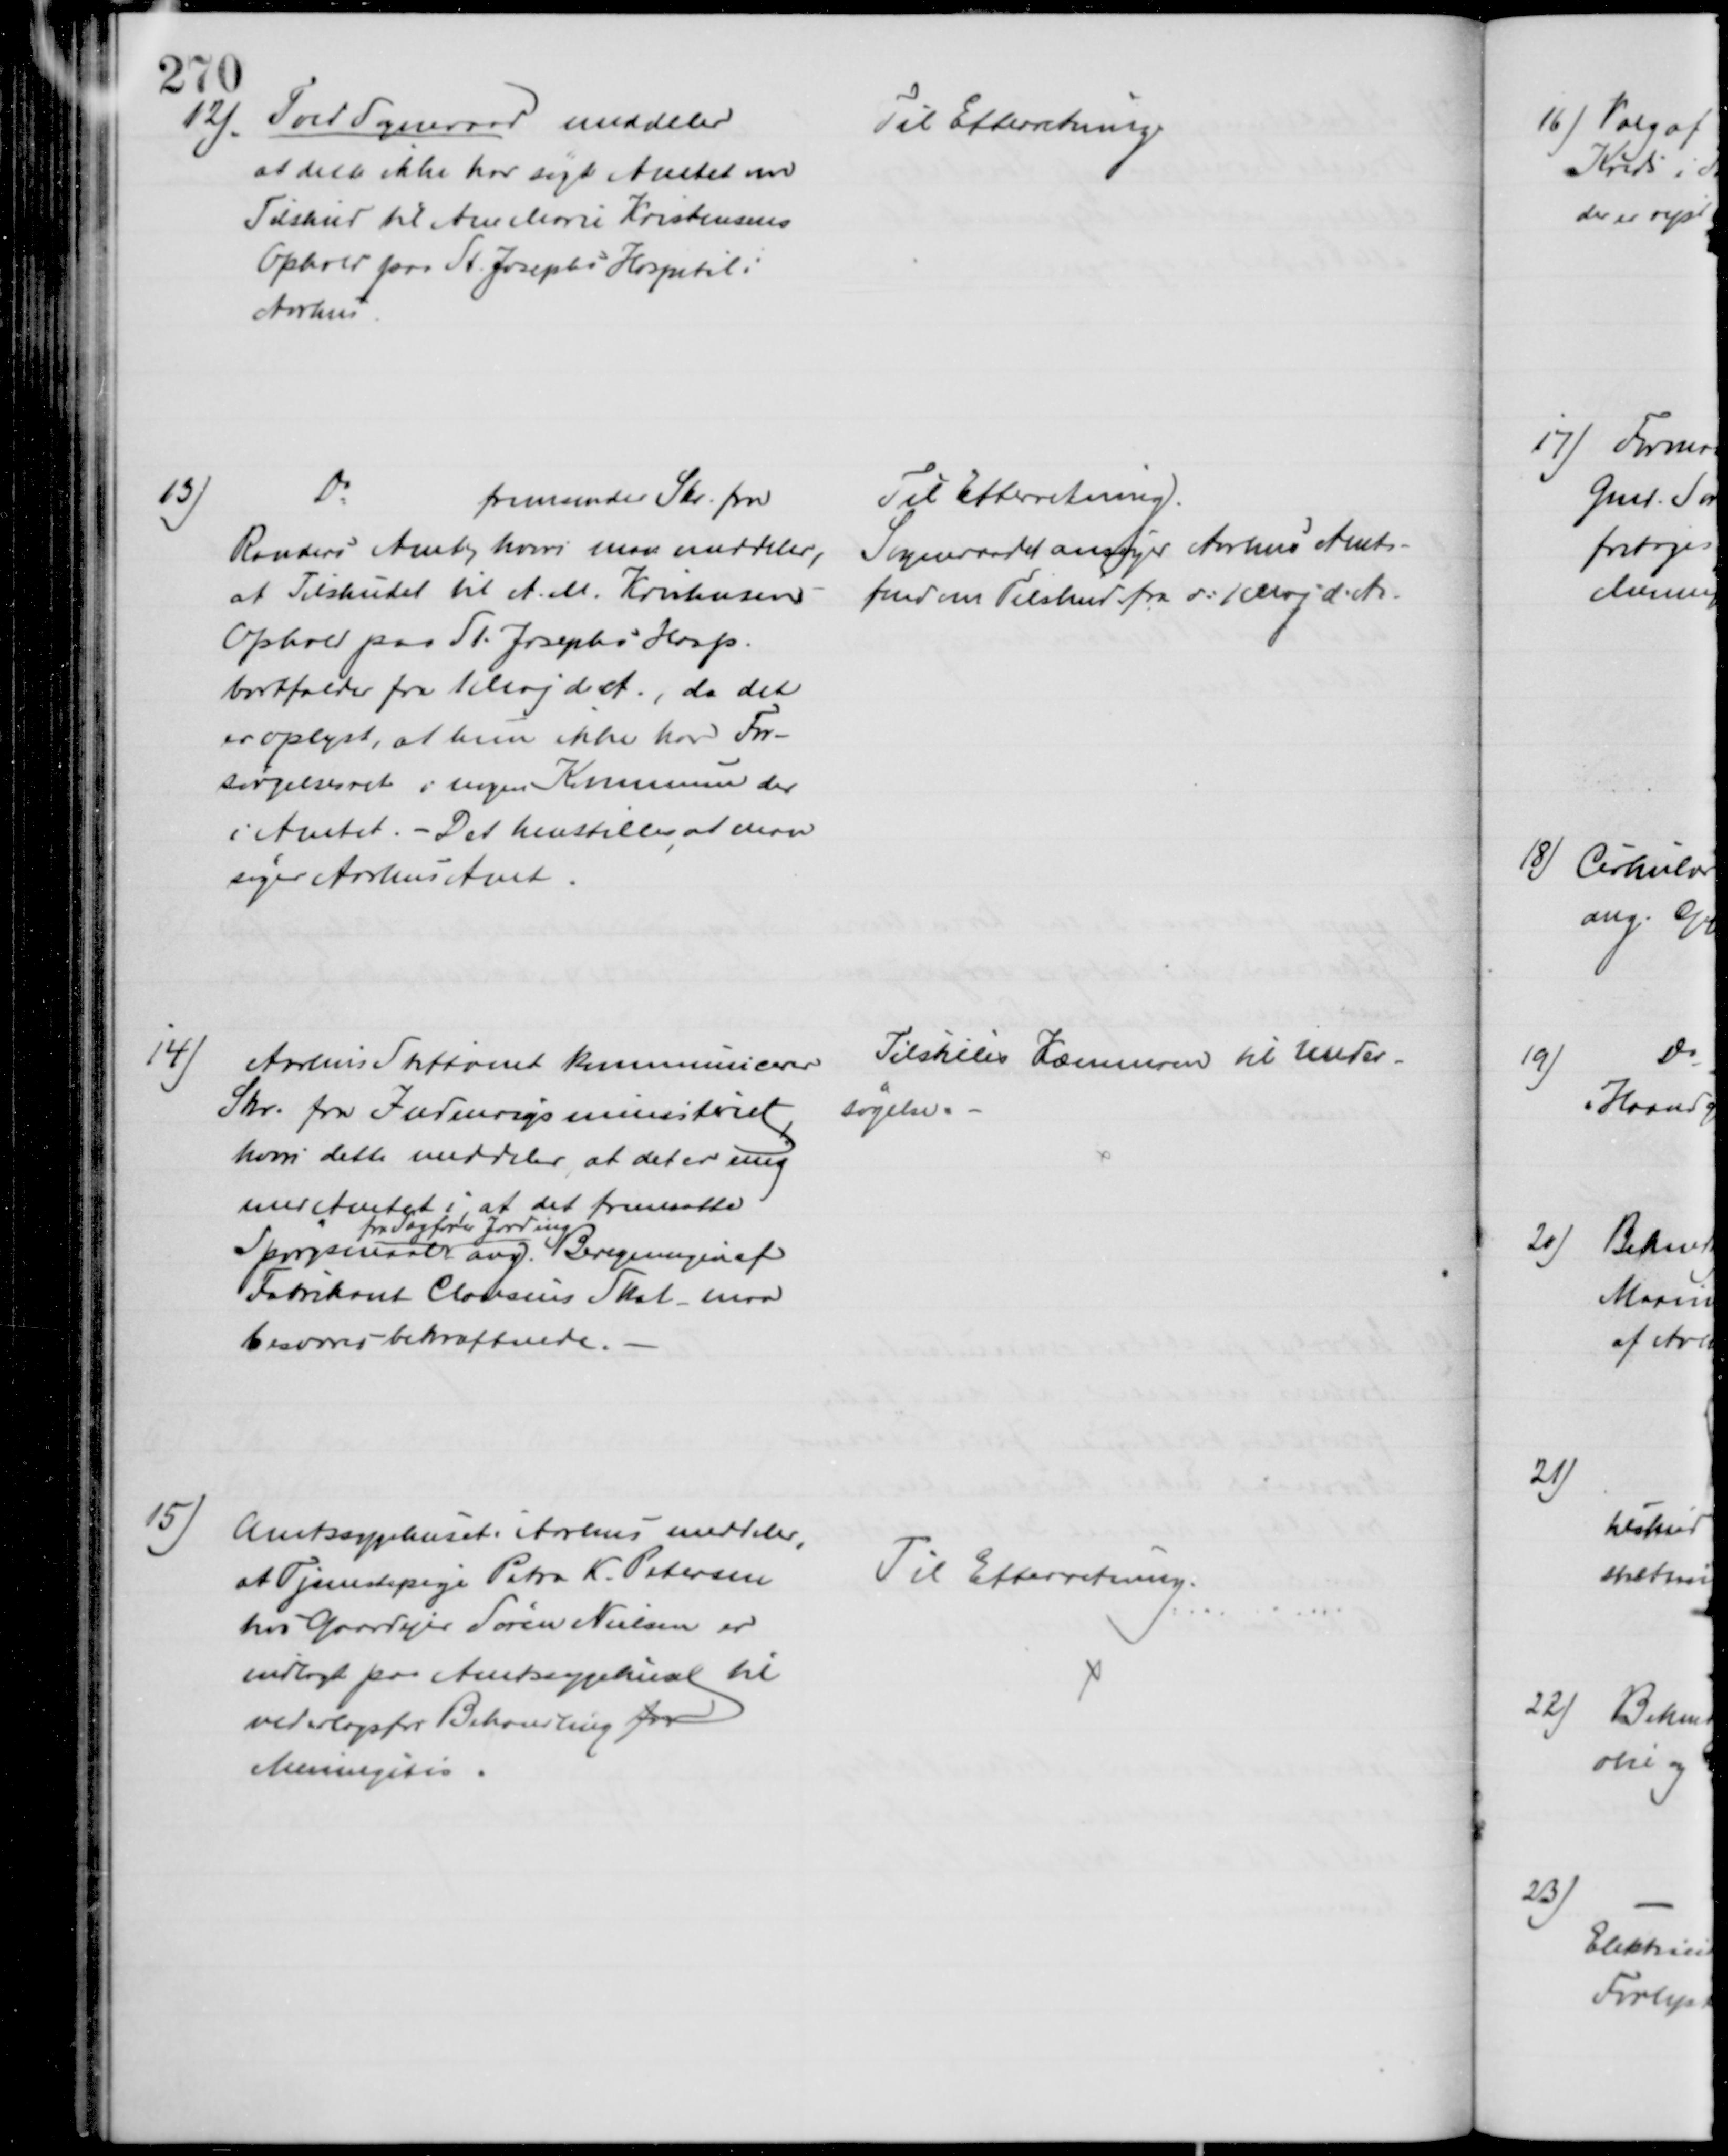
Transskription:
12)
Tved Sogneraad meddeler
at dette ikke har søgt Amtet om
Tilskud til Ane Marie Kristensens
Ophold paa St. Josephs Hospital i
Aarhus
Til Efterretning
13)
Do
fremsender Skr. fra
Randers Amt, hvori man meddeler,
at Tilskudet til A. M. Kristensens
Ophold paa St. Josephs Hosp.
bortfalder fra 1 Maj d. A., da det
er oplyst, at hun ikke har For-
sørgelsesret i nogen Kommune der
i Amtet. - Det henstilles, at man
søger Aarhus Amt.
Til Efterretning.
Sogneraadet ansøger Aarhus Amts-
fmd om Tilskud fra d: 1 Maj d. A.
14)
Aarhus Stiftamt kommunicerer
Skr. fra Indenrigsministeriet
hvori dette meddeler, at det er enig
med Amtet i, at det fremsatte
Spørgsmaal
fra Sagfører Jarding
ang. Beregningen af
Fabrikant Clausens Skat maa
besvares bekræftende.
Tilstilles Kæmneren til Under-
søgelse. 
15)
Amtssygehuset i Aarhus meddeler,
at Tjenestepige Petra K. Petersen
hos Gaardejer Søren Nielsen er
indlagt paa Amtssygehuset til
vederlagsfri Behandling for
Meningitis.
Til Efterretning.